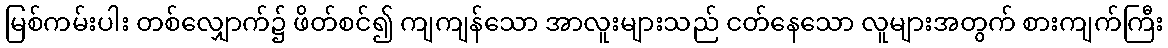
မြစ်ကမ်းပါး တစ်လျှောက်၌ ဖိတ်စင်၍ ကျကျန်သော အာလူးများသည် ငတ်နေသော လူများအတွက် စားကျက်ကြီး